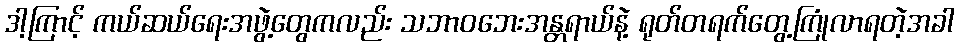
ဒါ့ကြာင့် ကယ်ဆယ်ရေးအဖွဲ့တွေကလည်း သဘာဝဘေးအန္တရာယ်နဲ့ ရုတ်တရက်တွေ့ကြုံလာရတဲ့အခါ